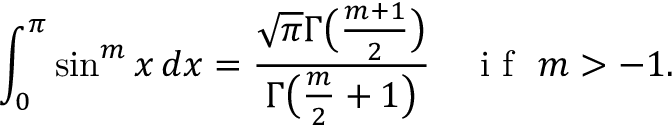
\int _ { 0 } ^ { \pi } \sin ^ { m } x \, d x = \frac { \sqrt { \pi } \Gamma \big ( \frac { m + 1 } { 2 } \big ) } { \Gamma \big ( \frac { m } { 2 } + 1 \big ) } \quad \mathrm { ~ i ~ f ~ } \, \, m > - 1 .